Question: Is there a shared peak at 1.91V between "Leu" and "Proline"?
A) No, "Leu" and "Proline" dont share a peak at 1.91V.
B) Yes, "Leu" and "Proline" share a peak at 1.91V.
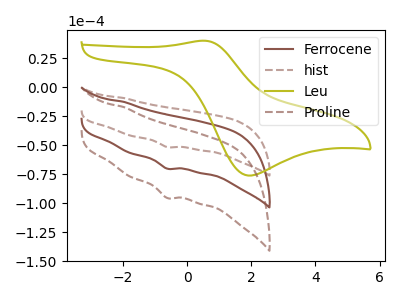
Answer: <think>The brown curve "Ferrocene" has a cathodic peak at: (-0.60V, -70.10uA). The brown dashed curve "hist" has a cathodic peak at: (-0.60V, -51.50uA). The olive curve "Leu" has an anodic peak at (0.50V, 40.35uA) and a cathodic peak at (1.90V, -76.00uA). The brown dashed curve "Proline" has a cathodic peak at: (-0.60V, -140.20uA).</think>
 <answer>A) No, "Leu" and "Proline" dont share a peak at 1.91V.</answer>
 <eval>A</eval>